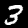
Digit: 3